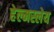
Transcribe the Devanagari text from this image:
हेल्मस्लेय